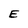
Character: E